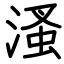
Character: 溞